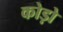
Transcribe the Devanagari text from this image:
कोड़ो